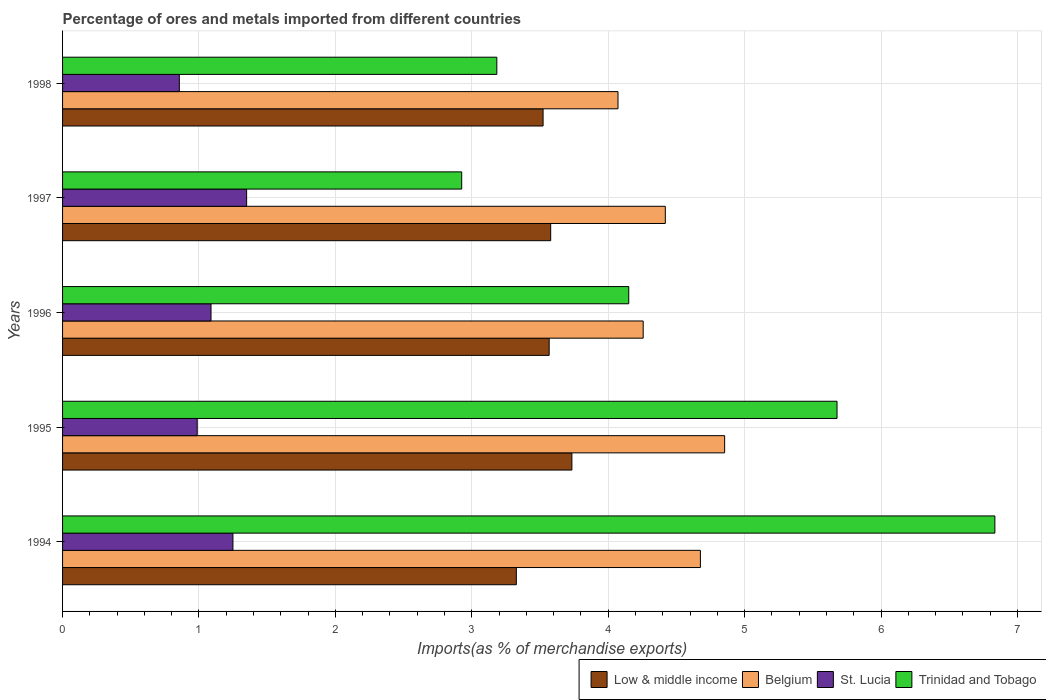
| Years | Low & middle income | Belgium | St. Lucia | Trinidad and Tobago |
 | --- | --- | --- | --- | --- |
 | 1994 | 3.33 | 4.68 | 1.25 | 6.83 |
 | 1995 | 3.73 | 4.85 | 0.987 | 5.68 |
 | 1996 | 3.57 | 4.26 | 1.09 | 4.15 |
 | 1997 | 3.58 | 4.42 | 1.35 | 2.93 |
 | 1998 | 3.52 | 4.07 | 0.856 | 3.18 |